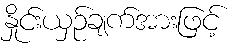
နှိုင်းယှဉ်ချက်အားဖြင့်